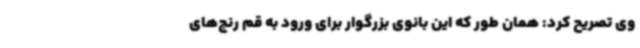
وی تصریح کرد: همان طور که این بانوی بزرگوار برای ورود به قم رنج‌های